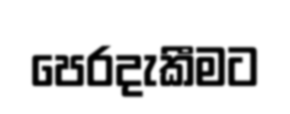
පෙරදැකීමට